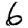
Digit: 6